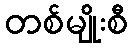
တစ်မျိုးစီ